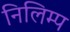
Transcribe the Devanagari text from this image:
निलिम्प